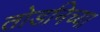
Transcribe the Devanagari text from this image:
तोडनिच्या